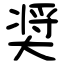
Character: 奨